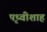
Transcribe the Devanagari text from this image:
पृथ्वीशाह